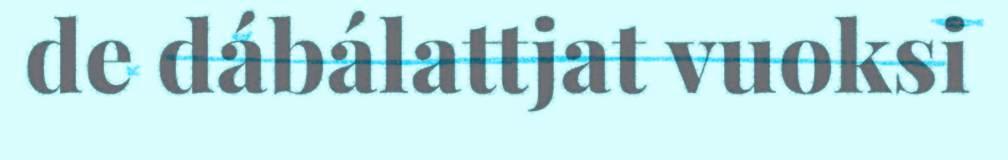
de dábálattjat vuoksi